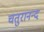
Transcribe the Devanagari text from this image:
चतुरानन्द